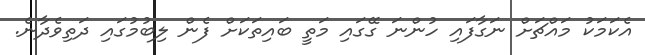
އެކަމަކު މައްޗަށް ނަގާފައި ހުންނަ ގޭގައި މަތީ ބައިތަކަށް ފެން ލިބުމުގައި ދަތިވެދާނެ.